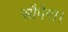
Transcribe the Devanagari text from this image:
सौपेगा।